Annual statistical returns and brief notes on vaccination in Bengal - 1896-1909
Year: 1896
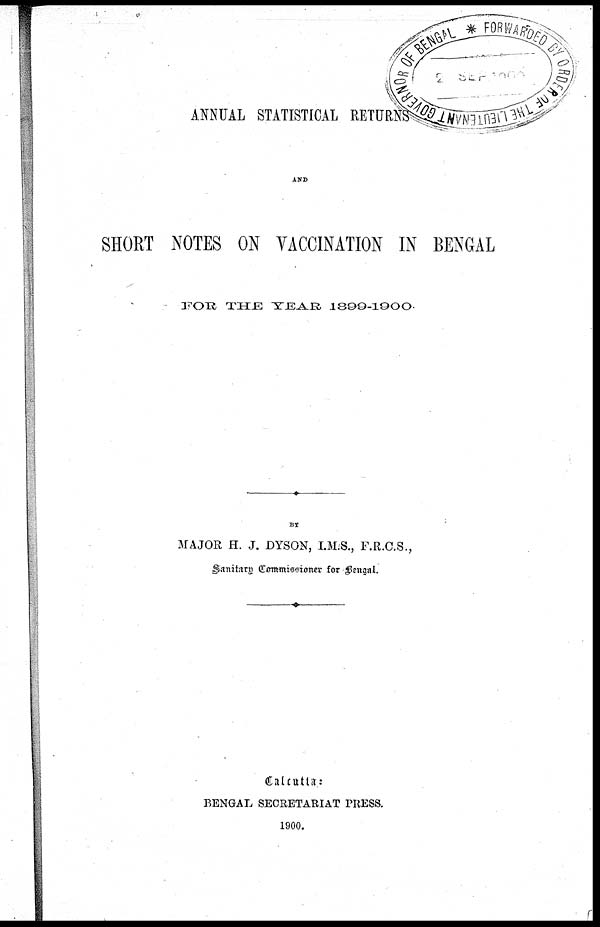
ANNUAL STATISTICAL RETURNS
AND
SHORT NOTES ON VACCINATION IN BENGAL
FOR THE YEAR 1899-1900.
BY
MAJOR H. J. DYSON, I.M.S., F.R.C.S.,
Sanitary Commissioner for Bengal.
Calcutta:
BENGAL SECRETARIAT PRESS.
1900.